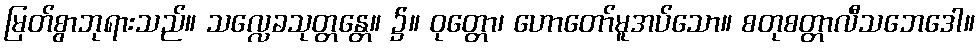
မြတ်စွာဘုရားသည်။ သလ္လေခသုတ္တန္တေ။ ၌။ ဝုတ္တော၊ ဟောတော်မူအပ်သော။ စတုစတ္တာလီသဘေဒေါ။